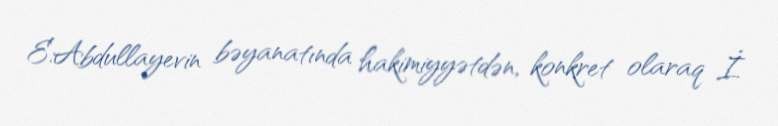
E.Abdullayevin bəyanatında hakimiyyətdən, konkret olaraq İ.